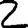
Digit: 2